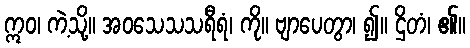
ဣဝ၊ ကဲ့သို့။ အဝသေသသရီရံ၊ ကို။ ဗျာပေတွာ၊ ၍။ ဌိတံ၊ ၏။